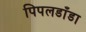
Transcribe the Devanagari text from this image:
पिपलडाँडा